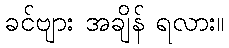
ခင်ဗျား အချိန် ရလား။